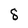
Character: 8